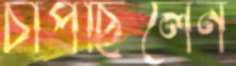
চাপছিলেন